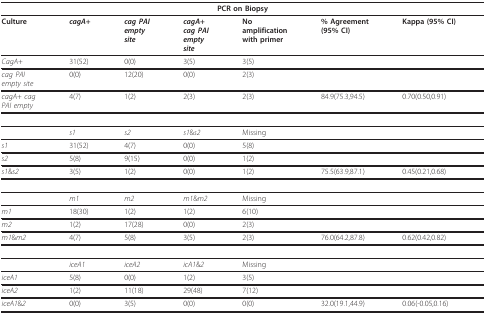
| <COLSPAN=7> PCR on Biopsy |
 | --- | --- | --- | --- | --- | --- | --- |
 | Culture | cagA+ | cag PAIemptysite | cagA+cag PAIemptysite | Noamplificationwith primer | % Agreement(95% CI) | Kappa (95% CI) |
 | CagA+ | 31(52) | 0(0) | 3(5) | 3(5) |  |  |
 | cag PAIempty site | 0(0) | 12(20) | 0(0) | 2(3) |  |  |
 | cagA+ cagPAI empty | 4(7) | 1(2) | 2(3) | 2(3) | 84.9(75.3,94.5) | 0.70(0.50,0.91) |
 |  | s1 | s2 | s1&s2 | Missing |  |  |
 | s1 | 31(52) | 4(7) | 0(0) | 5(8) |  |  |
 | s2 | 5(8) | 9(15) | 0(0) | 1(2) |  |  |
 | s1&s2 | 3(5) | 1(2) | 0(0) | 1(2) | 75.5(63.9,87.1) | 0.45(0.21,0.68) |
 |  | m1 | m2 | m1&m2 | Missing |  |  |
 | m1 | 18(30) | 1(2) | 1(2) | 6(10) |  |  |
 | m2 | 1(2) | 17(28) | 0(0) | 2(3) |  |  |
 | m1&m2 | 4(7) | 5(8) | 3(5) | 2(3) | 76.0(64.2,87.8) | 0.62(0.42,0.82) |
 |  | iceA1 | iceA2 | icA1&2 | Missing |  |  |
 | iceA1 | 5(8) | 0(0) | 1(2) | 3(5) |  |  |
 | iceA2 | 1(2) | 11(18) | 29(48) | 7(12) |  |  |
 | iceA1&2 | 0(0) | 3(5) | 0(0) | 0(0) | 32.0(19.1,44.9) | 0.06(-0.05,0.16) |